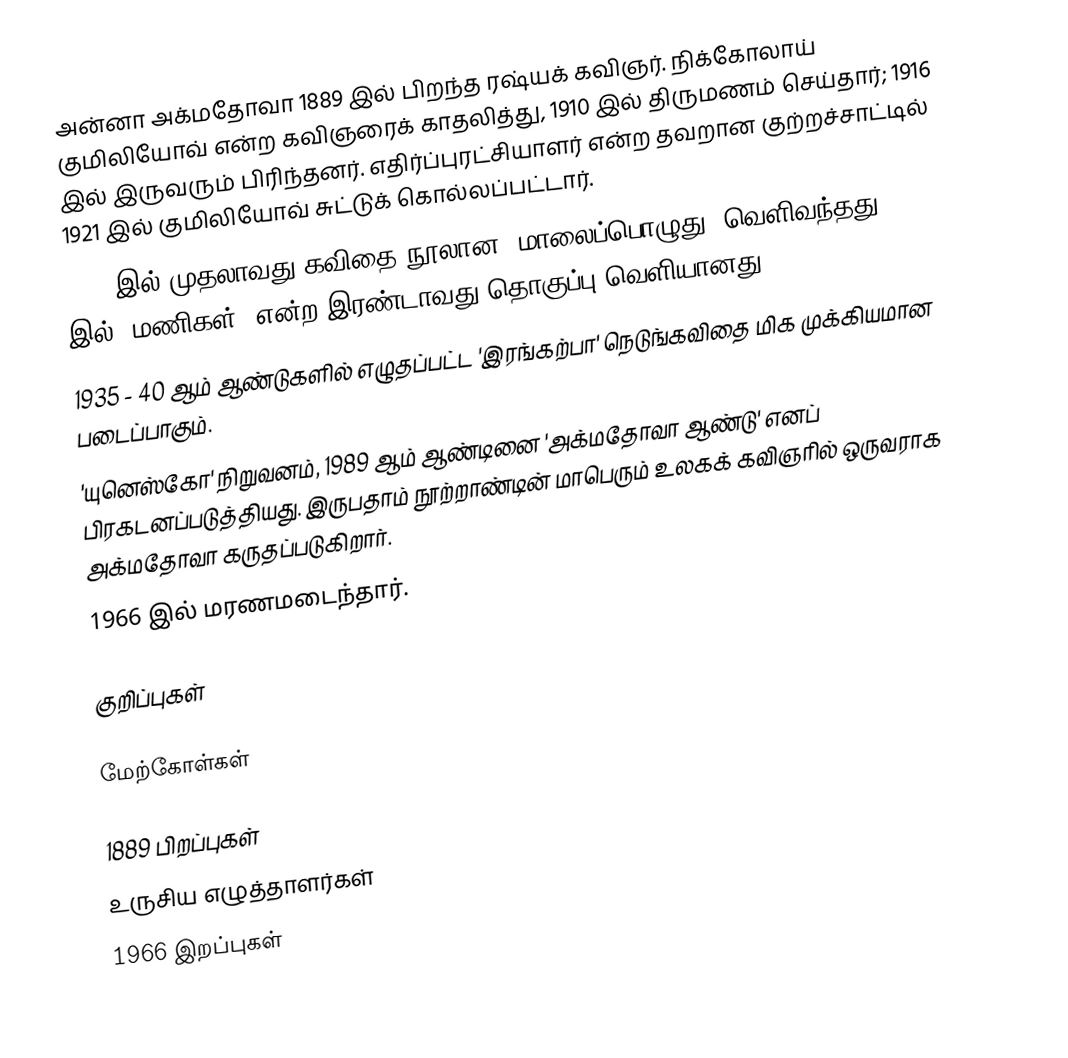
அன்னா அக்மதோவா 1889 இல் பிறந்த ரஷ்யக் கவிஞர். நிக்கோலாய் குமிலியோவ் என்ற கவிஞரைக் காதலித்து, 1910 இல் திருமணம் செய்தார்; 1916 இல் இருவரும் பிரிந்தனர். எதிர்ப்புரட்சியாளர் என்ற தவறான குற்றச்சாட்டில் 1921 இல் குமிலியோவ் சுட்டுக் கொல்லப்பட்டார்.
1912 இல் முதலாவது கவிதை நூலான 'மாலைப்பொழுது' வெளிவந்தது; 1914 இல் 'மணிகள்' என்ற இரண்டாவது தொகுப்பு வெளியானது.
1935 - 40 ஆம் ஆண்டுகளில் எழுதப்பட்ட 'இரங்கற்பா' நெடுங்கவிதை மிக முக்கியமான படைப்பாகும்.
'யுனெஸ்கோ' நிறுவனம், 1989 ஆம் ஆண்டினை 'அக்மதோவா ஆண்டு' எனப் பிரகடனப்படுத்தியது. இருபதாம் நூற்றாண்டின் மாபெரும் உலகக் கவிஞரில் ஒருவராக அக்மதோவா கருதப்படுகிறார்.
1966 இல் மரணமடைந்தார்.

குறிப்புகள்

மேற்கோள்கள்

1889 பிறப்புகள்
உருசிய எழுத்தாளர்கள்
1966 இறப்புகள்